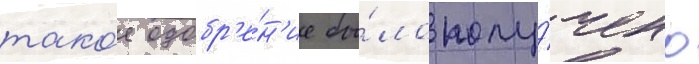
тако́е одобр'е́н'ие бы́ло полу́чено